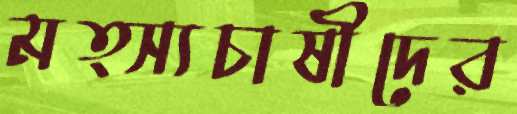
মত্স্যচাষীদের